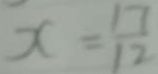
x = \frac { 1 7 } { 1 2 }